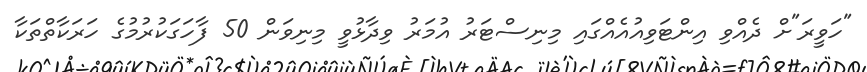
"ހަވީރަ"ށް ދެއްވި އިންޓަވިއުއެއްގައި މިނިސްޓަރު އުމަރު ވިދާޅުވީ މިނިވަން 50 ފާހަގަކުރުމުގެ ހަރަކާތްތަކާ